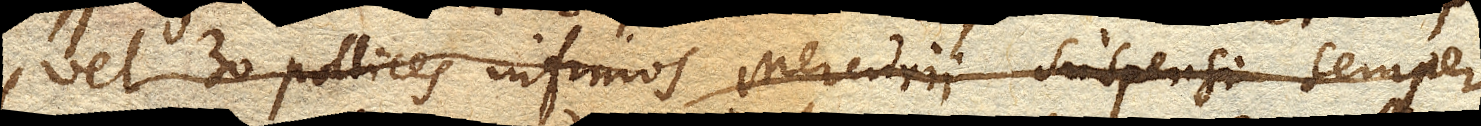
vel 30 pollices infimos Mercurii suspensi semper